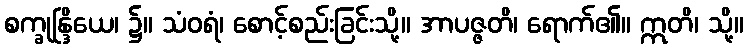
စက္ခုန္ဒြိယေ၊ ၌။ သံဝရံ၊ စောင့်စည်းခြင်းသို့။ အာပဇ္ဇတိ၊ ရောက်၏။ ဣတိ၊ သို့။